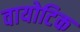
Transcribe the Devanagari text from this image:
वायोटिक